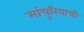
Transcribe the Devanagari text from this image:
मांचुरियाची